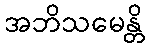
အဘိသမေန္တိ